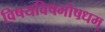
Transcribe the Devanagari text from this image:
विषयविषमौषधम्